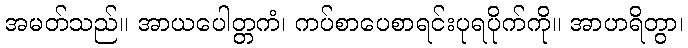
အမတ်သည်။ အာယပေါတ္တကံ၊ ကပ်စာပေစာရင်းပုရပိုက်ကို။ အာဟရိတွာ၊